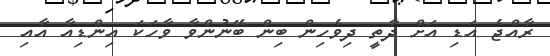
ރާއްޖެ އަޑި އަށް ދާތީ ދިވެހިން ބިން ބޭނުންވާ ވާހަކަ އިންޑިއާ އާއި